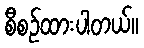
စီစဉ်ထားပါတယ်။